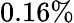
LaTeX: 0.16\%